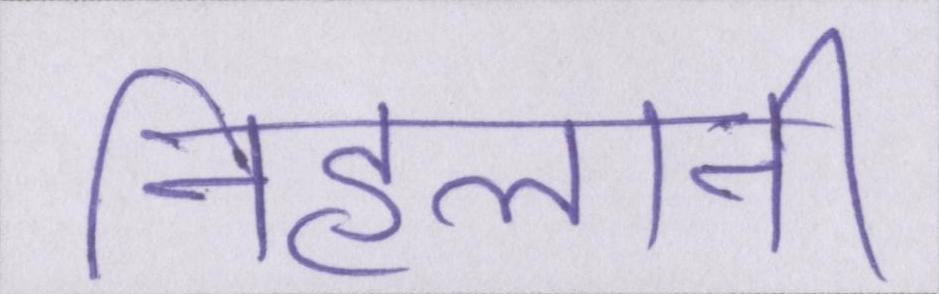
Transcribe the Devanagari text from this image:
निहलानी